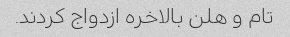
تام و هلن بالاخره ازدواج کردند.